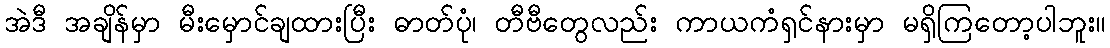
အဲဒီ အချိန်မှာ မီးမှောင်ချထားပြီး ဓာတ်ပုံ၊ တီဗီတွေလည်း ကာယကံရှင်နားမှာ မရှိကြတော့ပါဘူး။